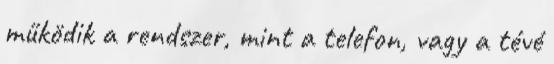
működik a rendszer, mint a telefon, vagy a tévé